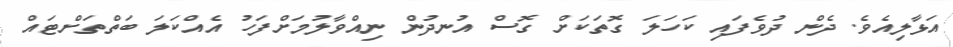
އަޅާލިއެވެ. ދެން ދުވެފައި ކަހަލަ ގޮތަކަށް ގޮސް އުނދުން ނިއްވާލުމަށްފަހު އެއްކަލަ ބަތްތަށްޓައް